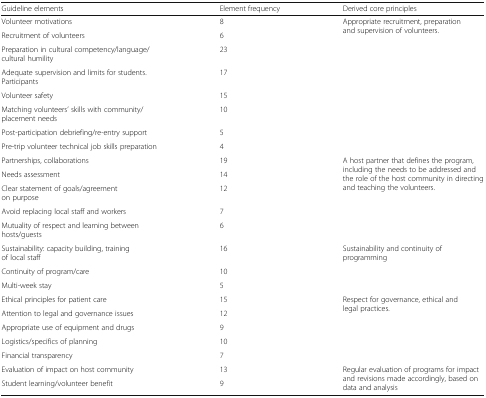
<table><thead><tr><td><b>Guideline elements</b></td><td><b>Element frequency</b></td><td><b>Derived core principles</b></td></tr></thead><tbody><tr><td>Volunteer motivations</td><td>8</td><td rowspan="8">Appropriate recruitment, preparation and supervision of volunteers.</td></tr><tr><td>Recruitment of volunteers</td><td>6</td></tr><tr><td>Preparation in cultural competency/language/cultural humility</td><td>23</td></tr><tr><td>Adequate supervision and limits for students. Participants</td><td>17</td></tr><tr><td>Volunteer safety</td><td>15</td></tr><tr><td>Matching volunteers’ skills with community/placement needs</td><td>10</td></tr><tr><td>Post-participation debriefing/re-entry support</td><td>5</td></tr><tr><td>Pre-trip volunteer technical job skills preparation</td><td>4</td></tr><tr><td>Partnerships, collaborations</td><td>19</td><td rowspan="5">A host partner that defines the program, including the needs to be addressed and the role of the host community in directing and teaching the volunteers.</td></tr><tr><td>Needs assessment</td><td>14</td></tr><tr><td>Clear statement of goals/agreement on purpose</td><td>12</td></tr><tr><td>Avoid replacing local staff and workers</td><td>7</td></tr><tr><td>Mutuality of respect and learning between hosts/guests</td><td>6</td></tr><tr><td>Sustainability: capacity building, training of local staff</td><td>16</td><td rowspan="3">Sustainability and continuity of programming</td></tr><tr><td>Continuity of program/care</td><td>10</td></tr><tr><td>Multi-week stay</td><td>5</td></tr><tr><td>Ethical principles for patient care</td><td>15</td><td rowspan="5">Respect for governance, ethical and legal practices.</td></tr><tr><td>Attention to legal and governance issues</td><td>12</td></tr><tr><td>Appropriate use of equipment and drugs</td><td>9</td></tr><tr><td>Logistics/specifics of planning</td><td>10</td></tr><tr><td>Financial transparency</td><td>7</td></tr><tr><td>Evaluation of impact on host community</td><td>13</td><td rowspan="2">Regular evaluation of programs for impact and revisions made accordingly, based on data and analysis</td></tr><tr><td>Student learning/volunteer benefit</td><td>9</td></tr></tbody></table>